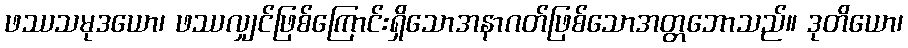
ဖဿသမုဒယော၊ ဖဿလျှင်ဖြစ်ကြောင်းရှိသောအနာဂတ်ဖြစ်သောအတ္တဘောသည်။ ဒုတိယော၊